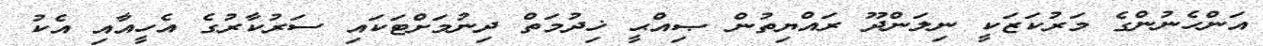
އަންހެނުންގެ މަރުކަޒަކީ ނިލަންދޫ ރައްޔިތުން ޞިއްޙީ ޚިދުމަތް ދިނުމަށްޓަކައި ސަރުކާރުގެ އެހީއާއި އެކު